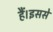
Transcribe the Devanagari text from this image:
हैं।इससे